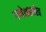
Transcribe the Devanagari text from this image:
गणेशस्तोत्र